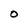
Character: O